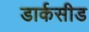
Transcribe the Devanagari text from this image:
डार्कसीड